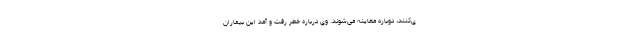
ی‌کنند، دوباره معاینه می‌شوند. وی درباره خطر رفت و آمد این بیماران